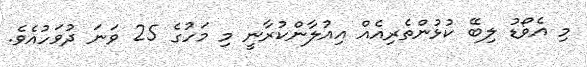
މި އެވޯޑު ލިބޭ ކުޅުންތެރިއެއް އިއުލާންކުރާނީ މި މަހުގެ 25 ވަނަ ދުވަހުއެވެ.